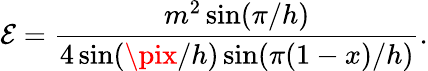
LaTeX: \mathcal{E}=\frac{{m^{2}\sin(\pi/h)}}{{4\sin(\pix/h)\sin(\pi(1-x)/h)}}.